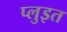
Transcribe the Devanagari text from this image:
प्लुइत